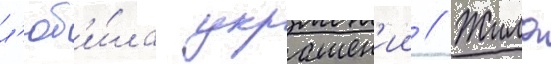
л'юб'и́ла украшен'ии // Жила